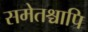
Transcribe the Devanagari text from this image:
समेतश्चापि